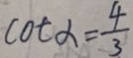
\cot \alpha = \frac { 4 } { 3 }